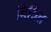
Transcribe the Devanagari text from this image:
निधित